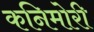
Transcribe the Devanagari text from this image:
कनिमोरी